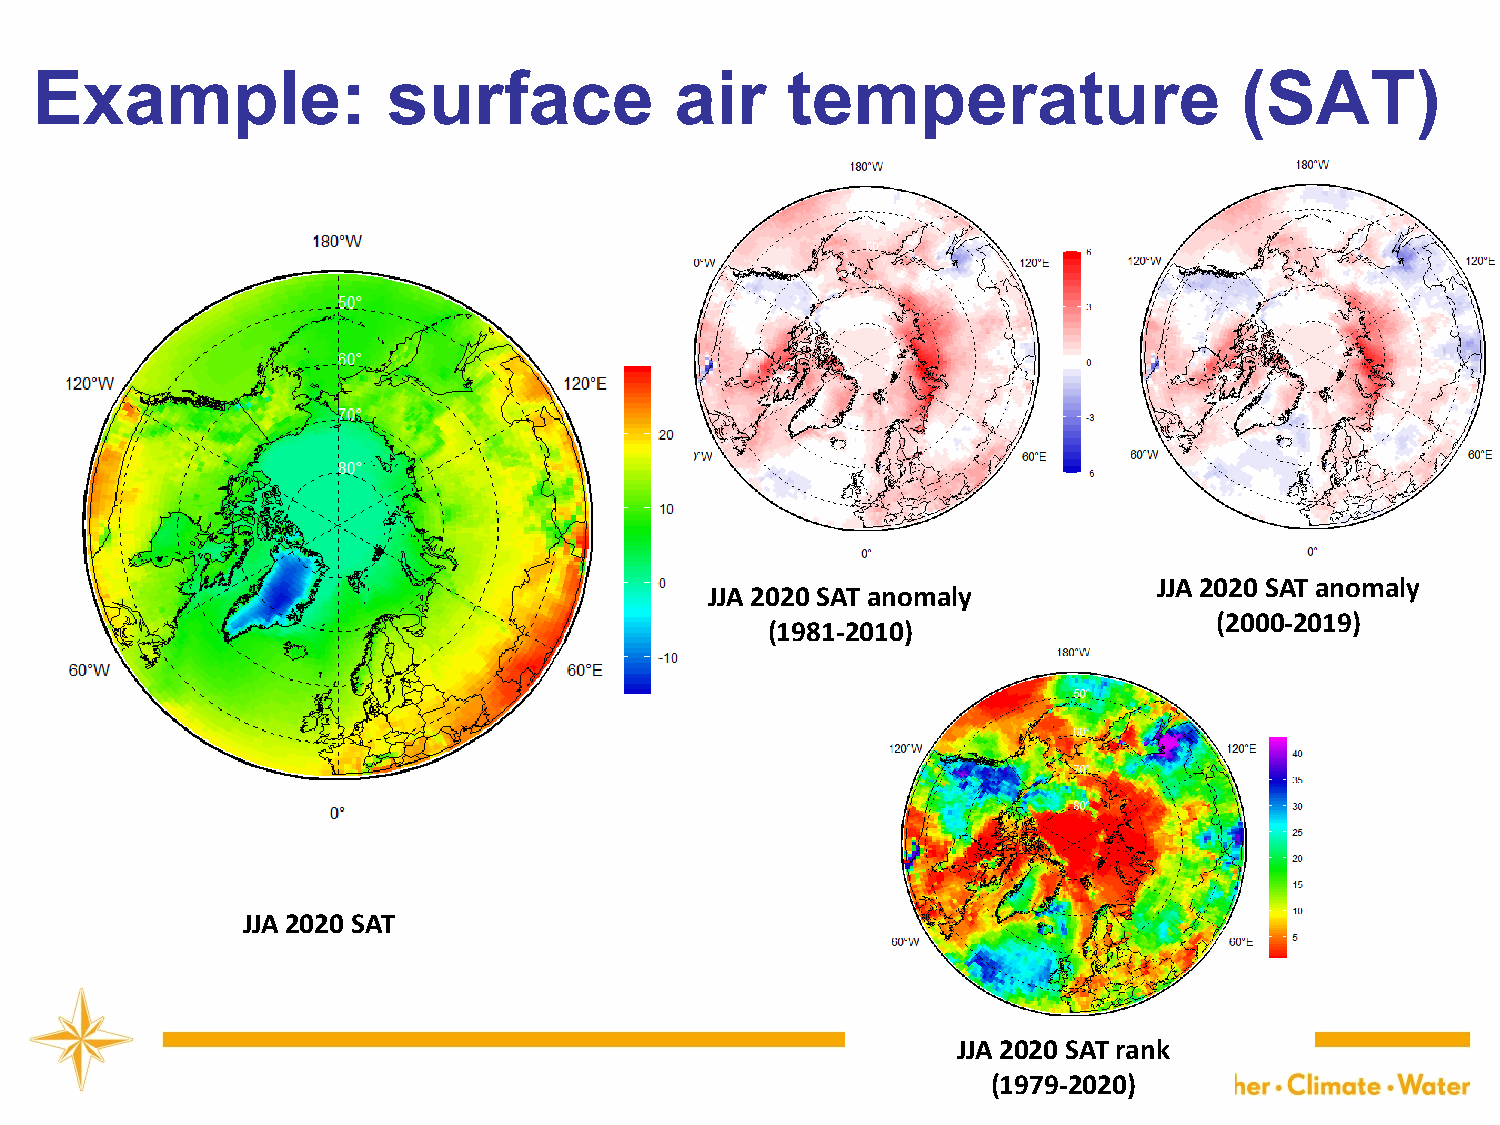
Example:                surface            air    temperature                   (SAT)
 JJA 2020 SAT anomaly
 JJA 2020 SAT anomaly
 (2000-2019)
 (1981-2010)
 JJA 2020 SAT
 JJA 2020 SAT rank
 (1979-202207)